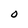
Character: O